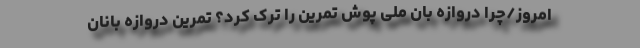
امروز/چرا دروازه بان ملی پوش تمرین را ترک کرد؟ تمرین دروازه بانان